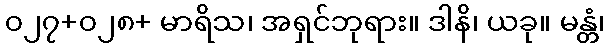
၀၂၇+၀၂၈+ မာရိသ၊ အရှင်ဘုရား။ ဒါနိ၊ ယခု။ မန္တံ၊